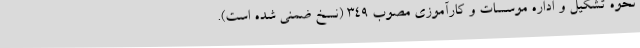
نحوه تشکیل و اداره موسسات و کارآموزی مصوب ۳۴۹ (نسخ ضمنی شده است).